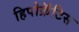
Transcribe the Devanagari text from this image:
हिपोक्रॅटिस